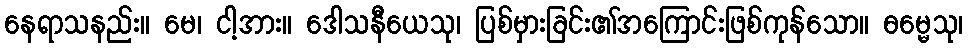
နေရာသနည်း။ မေ၊ ငါ့အား။ ဒေါသနီယေသု၊ ပြစ်မှားခြင်း၏အကြောင်းဖြစ်ကုန်သော။ ဓမ္မေသု၊